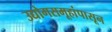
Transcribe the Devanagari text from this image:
उद्योगसमूहांपासून